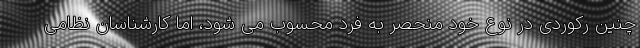
چنین رکوردی در نوع خود منحصر به فرد محسوب می شود، اما کارشناسان نظامی